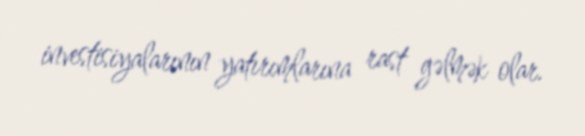
investisiyalarının yatırımlarına rast gəlmək olar.